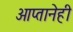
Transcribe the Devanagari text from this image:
आप्तानेही